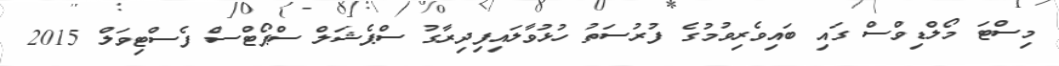
މިސްޓަ މޯލްޑިވްސް ގައި ބައިވެރިވުމުގެ ފުރުސަތު ހުޅުވާލައިފިދިރާގު ސްޕެޝަލް ސްޕޯޓްސް ފެސްޓިވަލް 2015